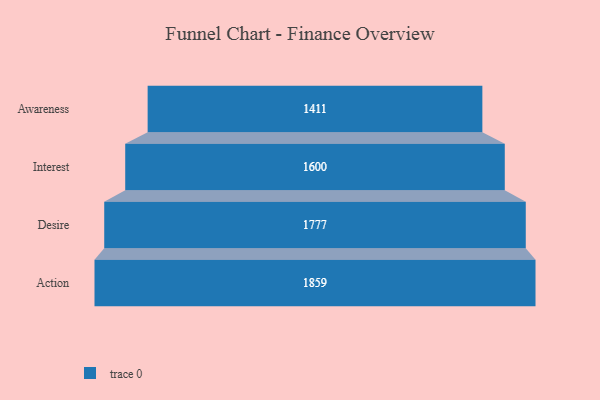
{"axis": {"x": "Stage", "y": "Value"}, "legend": [""], "data": [{"x": "Awareness", "y": 1411.0, "type": ""}, {"x": "Interest", "y": 1600.0, "type": ""}, {"x": "Desire", "y": 1777.0, "type": ""}, {"x": "Action", "y": 1859.0, "type": ""}]}